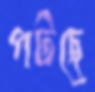
পটছে